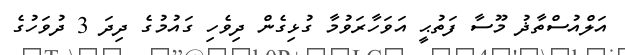
އަލްއުސްތާޛު މޫސާ ފަތުޙީ އަވަހާރަވުމާ ގުޅިގެން ދިވެހި ގައުމުގެ ދިދަ 3 ދުވަހުގެ